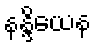
နန္ဒိယေန